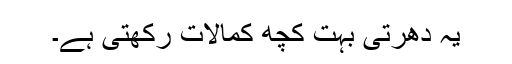
یہ دھرتی بہت کچھ کمالات رکھتی ہے۔